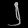
Digit: ၂